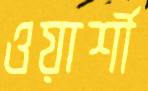
ওয়ার্শী